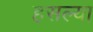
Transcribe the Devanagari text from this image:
हसल्या